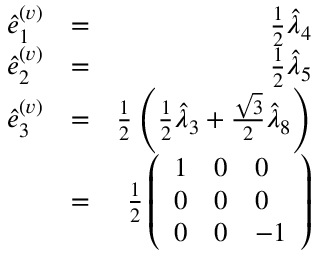
\begin{array} { r l r } { \hat { e } _ { 1 } ^ { ( v ) } } & { = } & { \frac { 1 } { 2 } \hat { \lambda } _ { 4 } } \\ { \hat { e } _ { 2 } ^ { ( v ) } } & { = } & { \frac { 1 } { 2 } \hat { \lambda } _ { 5 } } \\ { \hat { e } _ { 3 } ^ { ( v ) } } & { = } & { \frac { 1 } { 2 } \left( \frac { 1 } { 2 } \hat { \lambda } _ { 3 } + \frac { \sqrt { 3 } } { 2 } \hat { \lambda } _ { 8 } \right) } \\ & { = } & { \frac { 1 } { 2 } \left( \begin{array} { l l l } { 1 } & { 0 } & { 0 } \\ { 0 } & { 0 } & { 0 } \\ { 0 } & { 0 } & { - 1 } \end{array} \right) } \end{array}